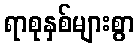
ရာစုနှစ်များစွာ